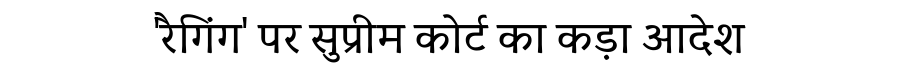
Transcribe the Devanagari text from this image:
'रैगिंग' पर सुप्रीम कोर्ट का कड़ा आदेश